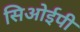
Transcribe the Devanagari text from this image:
सिओईपी